system: You are a helpful assistant.
user:
Analyze the provided spectrum to determine if it is a **"Cataclysmic Variables (CV)"**.

- **Key Indicators for CV (Check for either state):**
    - **State 1: Quiescent / Low-State (Emission-Dominated)**
        - **(Primary):** Strong and *very broad* Hydrogen Balmer emission lines (e.g., $H\alpha$ at 6563 Å, $H\beta$ at 4861 Å). The 'broadness' (high velocity dispersion, often FWHM > 1000 km/s) is the key diagnostic, indicating a high-velocity accretion disk.
        - **(Secondary):** Broad neutral Helium (He I) emission lines (e.g., 5876 Å, 6678 Å).
        - **(Key Confirmation):** Presence of high-excitation *ionized* Helium (He II) emission at 4686 Å. This is a strong indicator of accretion onto a white dwarf.
        - **(Line Profile):** Emission lines may exhibit a 'double-peaked' profile, which is a classic signature of a rotating accretion disk viewed at high inclination.

    - **State 2: Outburst / High-State (Absorption-Dominated)**
        - **(Primary):** Spectrum is dominated by a bright, blue continuum (looks like a hot star).
        - **(Secondary):** The emission lines from State 1 are weak, absent, or 'filled in', and are replaced by broad, shallow *absorption* lines (primarily Balmer and He I).
        - **(Morphology):** The overall spectrum mimics a hot B/A-type star. The crucial difference is that the absorption lines are significantly broader, shallower, and more 'washed-out' (or 'smeared') than the sharp lines of a normal stellar photosphere, due to high rotational speeds and pressure broadening in the disk.

Think first, call **spectral_visualization_tool** if needed to examine features in detail, then provide your final answer. Your response must adhere to the following strict rules:
1.  **Overall Structure:** Your response must follow the format `<think>...</think> <tool_call>...</tool_call> (if a tool is used) <answer>...</answer>`.
2.  **Tool Usage Constraint:** You may only make **one** tool call per turn.
3.  **Final Answer Format:** In the `<answer>` tag, your conclusion must be inside a `\boxed{}` command (e.g., `\boxed{YES}`), followed by your justification.

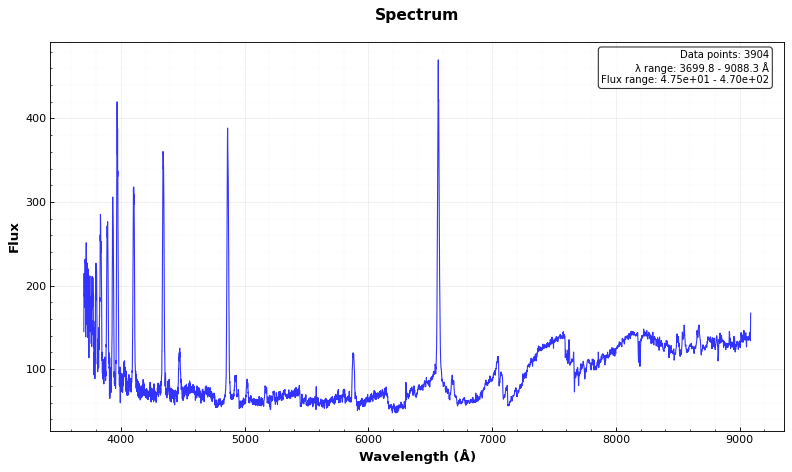
Answer: YES